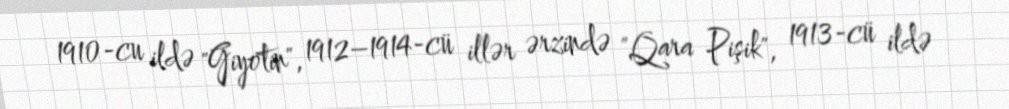
1910-cu ildə "Giyotin", 1912–1914-cü illər ərzində "Qara Pişik", 1913-cü ildə